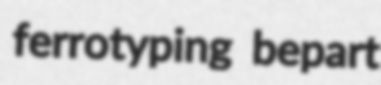
ferrotyping bepart